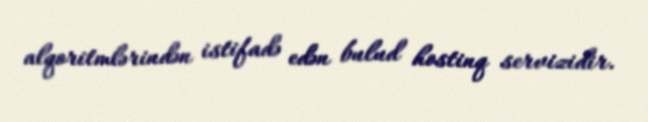
alqoritmlərindən istifadə edən bulud hostinq servizidir.